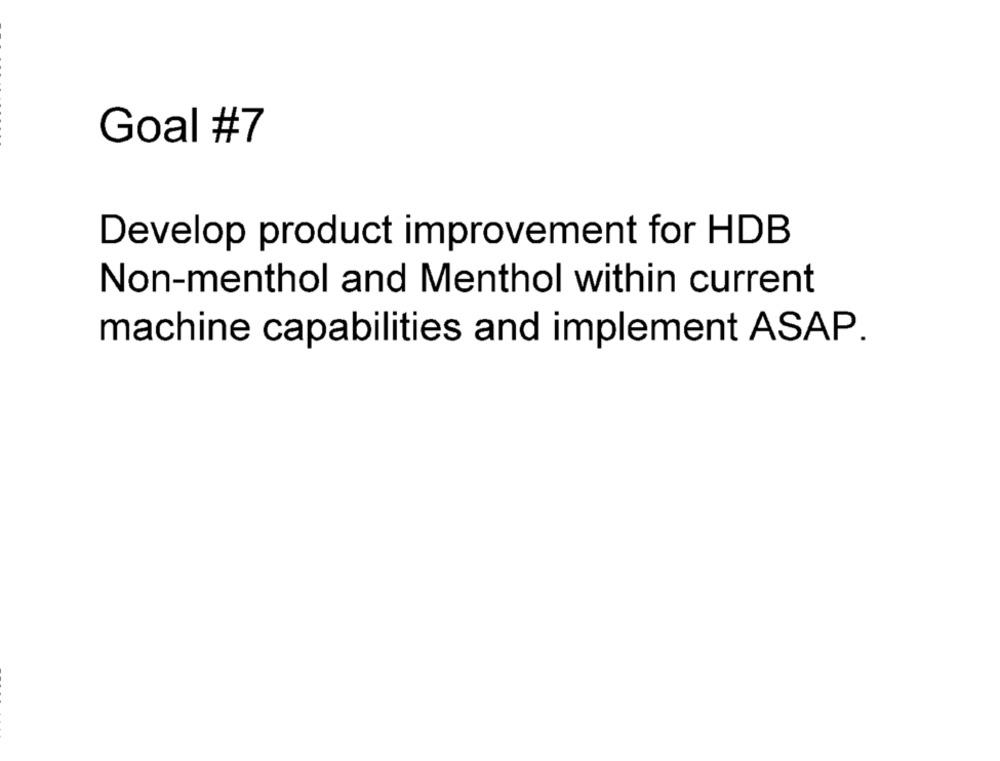
Goal #7
Develop product improvement for HDB
Non-menthol and Menthol within current
machine capabilities and implement ASAP.